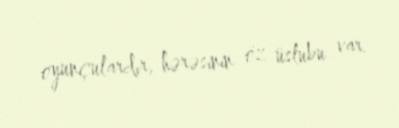
oyunçulardır, hərəsinin öz üslubu var.